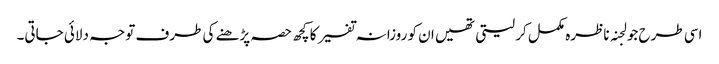
اسی طرح جو لجنہ ناظرہ مکمل کر لیتی تھیں ان کو روزانہ تفسیر کا کچھ حصہ پڑھنے کی طرف توجہ دلائی جاتی۔